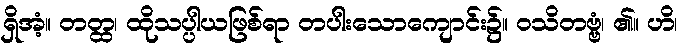
ရှိအံ့။ တတ္ထ၊ ထိုသပ္ပါယဖြစ်ရာ တပါးသောကျောင်း၌။ ဝသိတဗ္ဗံ၊ ၏။ ဟိ၊